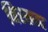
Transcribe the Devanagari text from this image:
निरखता